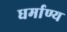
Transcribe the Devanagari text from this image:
धर्माण्य